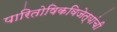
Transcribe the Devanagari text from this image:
पारितोषिकविजेत्यांची